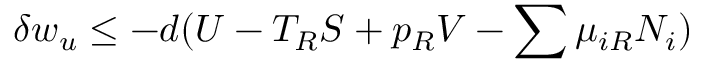
\delta w _ { u } \leq - d ( U - T _ { R } S + p _ { R } V - \sum \mu _ { i R } N _ { i } )